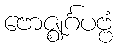
ဗောဇ္ဈင်္ဂပဗ္ဗံ